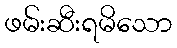
ဖမ်းဆီးရမိသော